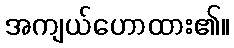
အကျယ်ဟောထား၏။